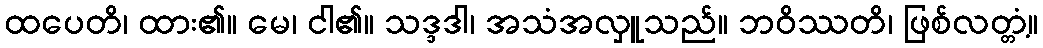
ထပေတိ၊ ထား၏။ မေ၊ ငါ၏။ သဒ္ဒဒါ၊ အသံအလှူသည်။ ဘဝိဿတိ၊ ဖြစ်လတ္တံ့။